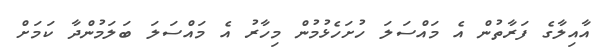
އާއިލާގެ ފަރާތުން އެ މައްސަލަ ހުށަހެޅުމުން މިހާރު އެ މައްސަލަ ބަލަމުންދާ ކަމަށް